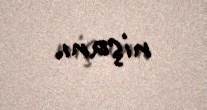
nişanı.